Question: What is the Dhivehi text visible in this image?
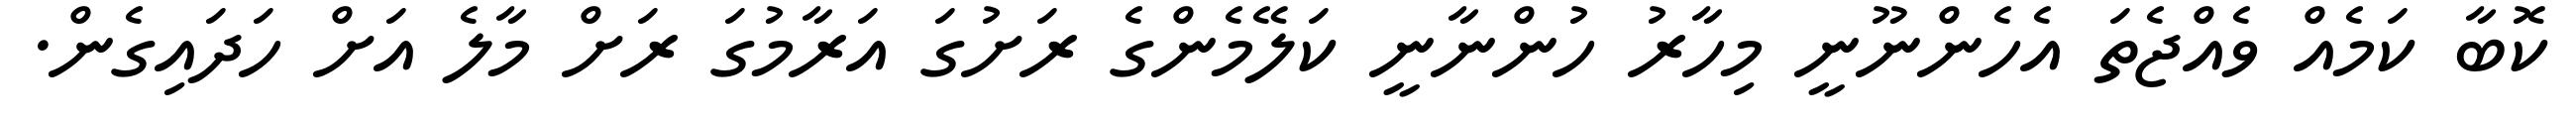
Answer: ކޮބާ ކަމެއް ވެއްޖެތަ އެހެންނޫނީ މިހާރު ހުންނާނީ ކަލޭމެންގެ ރަށުގަ އަރާމުގަ ރަށް މާލެ އަށް ހަދައިގެން.